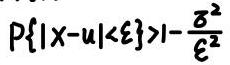
$P\{|X - \mu| < \varepsilon\} > 1 - \frac{\sigma^{2}}{\varepsilon^{2}}$